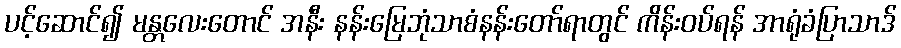
ပင့်ဆောင်၍ မန္တလေးတောင် အနီး နန်းမြေဘုံသာစံနန်းတော်ရာတွင် ကိန်းဝပ်ရန် အာရုံခံပြာသာဒ်